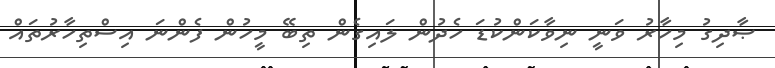
ޞާދިގު މިހާރު ވަނީ ނިވާކަންކުޑަ ހެދުން ލައިގެން ތިބޭ މީހުން ފެންނަ އިސްތިހާރުތައް